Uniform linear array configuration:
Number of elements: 4
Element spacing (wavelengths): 0.75
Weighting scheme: binomial
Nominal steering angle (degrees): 45
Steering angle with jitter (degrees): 46.803
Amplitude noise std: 0.05
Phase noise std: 0.05

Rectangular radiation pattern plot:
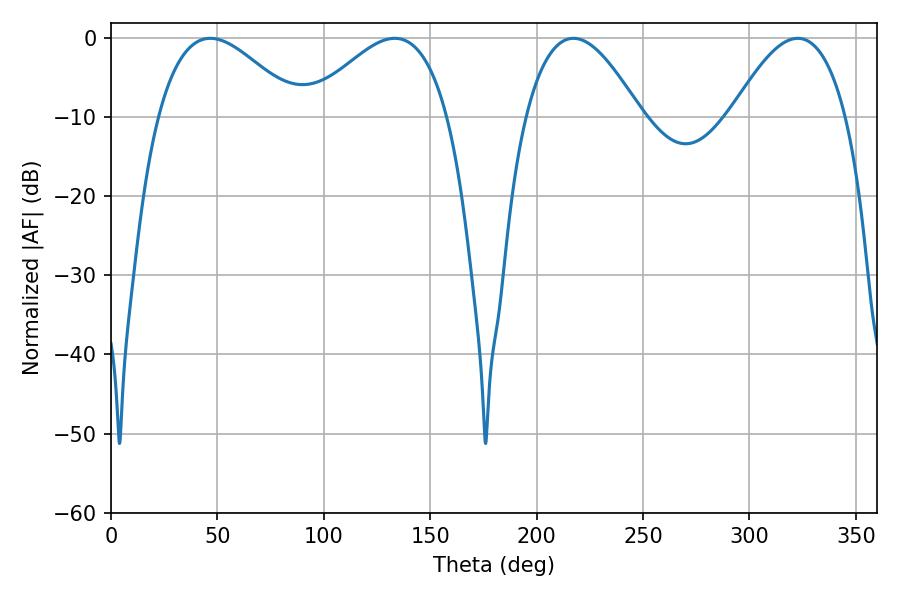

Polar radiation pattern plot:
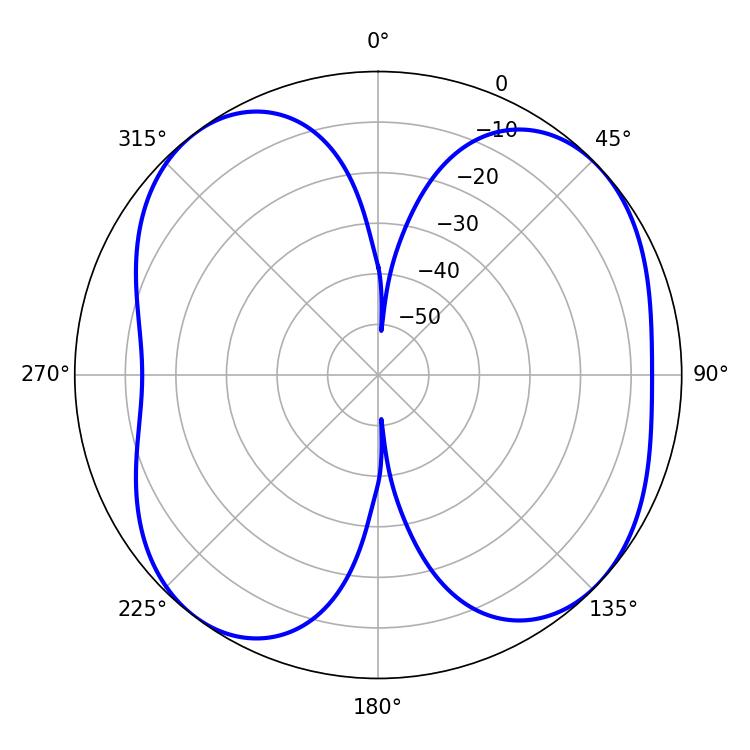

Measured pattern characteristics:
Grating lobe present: TRUE
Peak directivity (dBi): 7.936
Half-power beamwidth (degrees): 29.52
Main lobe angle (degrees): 217.26